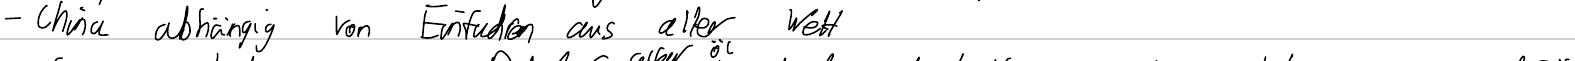
- China abhängig von Einfuhren aus aller Welt